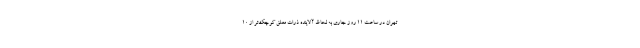
تهران در ساعت ۱۱ روز جاری به لحاظ آلاینده ذرات معلق کوچک‌تر از ۱۰